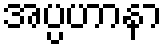
အပ္ပဟာနာ